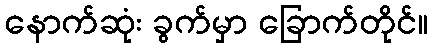
နောက်ဆုံး ခွက်မှာ ခြောက်တိုင်။